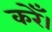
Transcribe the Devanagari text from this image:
करेँ।